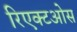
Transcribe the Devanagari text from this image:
रिएक्टओस